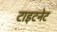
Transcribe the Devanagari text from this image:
टाइटनेट